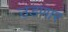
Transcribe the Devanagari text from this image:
उडणार